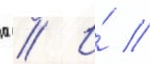
д // И́ //